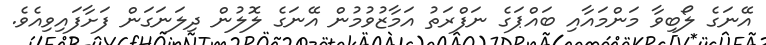
އޭނަގެ ލޯބިވާ މަންމައާއި ބައްޕަގެ ނަފްރަތު އަމާޒުވުމުން އޭނަގެ ލޮލުން ދިލަނަގަން ފަށާފައިވިއެވެ.